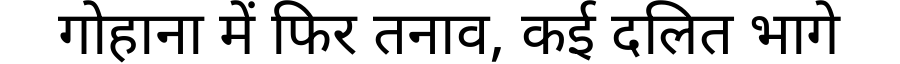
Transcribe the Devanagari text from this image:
गोहाना में फिर तनाव, कई दलित भागे